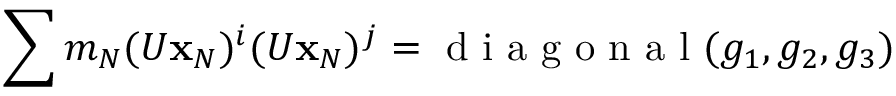
\sum m _ { N } ( U { \bf x } _ { N } ) ^ { i } ( U { \bf x } _ { N } ) ^ { j } = \mathrm { ~ d ~ i ~ a ~ g ~ o ~ n ~ a ~ l ~ } ( g _ { 1 } , g _ { 2 } , g _ { 3 } )